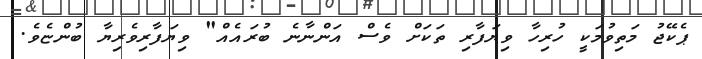
ޕެކޭޖު މަތިވުމަކީ ހުރިހާ ވިޔަފާރި ތަކަށް ވެސް އަންނާނެ ބުރައެއް" ވިޔަފާރިވެރިޔާ ބުންޏެވެ.